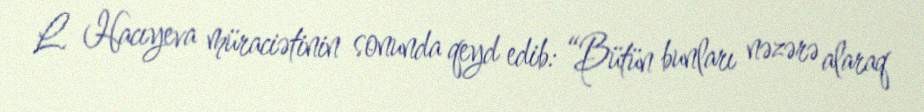
L. Hacıyeva müraciətinin sonunda qeyd edib: “Bütün bunları nəzərə alaraq